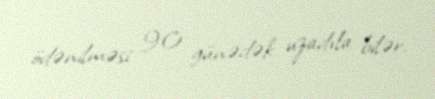
ödənilməsi 90 günədək uzadıla bilər.